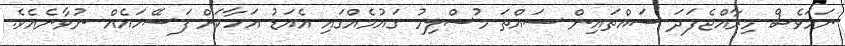
ނަމަވެސް މިރާއްޖެފަދަ ސައްތައިން ސައްތަ މުސްލިމު ގައުމެއްގައި އެއަޑު އަހާކަށް ފަސޭހައެއް ނުވާނެއެވެ.